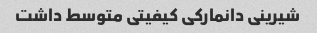
شیرینی دانمارکی کیفیتی متوسط داشت